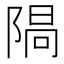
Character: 𨺷